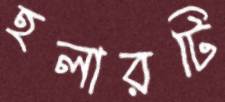
হলারটি